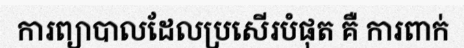
ការព្យាបាលដែលប្រសើរបំផុត គឺ ការពាក់